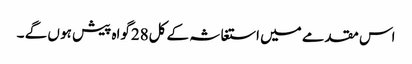
اس مقدمے میں استغاثہ کے کل28گواہ پیش ہو ں گے ۔